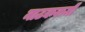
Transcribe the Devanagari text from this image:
नाटककर्मी